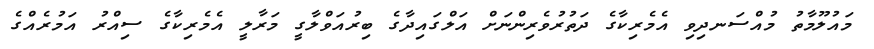
މައުލޫމާތު މުއްސަނދިވި އެމެރިކާގެ ދަތުރުވެރިންނަށް އަލްގައިދާގެ ބިރުއަވްލާގީ މަރާލީ އެމެރިކާގެ ސިއްރު އަމުރެއްގެ